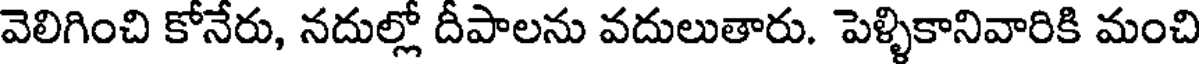
వెలిగించి కోనేరు, నదుల్లో దీపాలను వదులుతారు. పెళ్ళికానివారికి మంచి